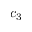
c _ { 3 }